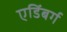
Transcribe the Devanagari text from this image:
एडिंबर्ग